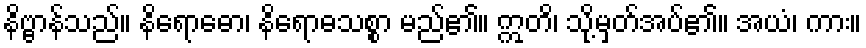
နိဗ္ဗာန်သည်။ နိရောဓော၊ နိရောဓသစ္စာ မည်၏။ ဣတိ၊ သို့မှတ်အပ်၏။ အယံ၊ ကား။